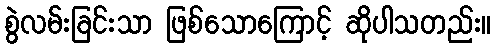
စွဲလမ်းခြင်းသာ ဖြစ်သောကြောင့် ဆိုပါသတည်း။